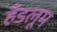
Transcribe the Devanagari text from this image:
हँडलूम